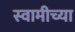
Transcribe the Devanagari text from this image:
स्‍वामीच्‍या